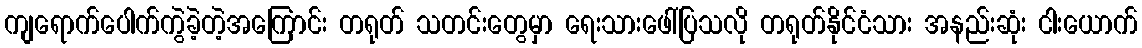
ကျရောက်ပေါက်ကွဲခဲ့တဲ့အကြောင်း တရုတ် သတင်းတွေမှာ ရေးသားဖေါ်ပြသလို တရုတ်နိုင်ငံသား အနည်းဆုံး ငါးယောက်